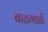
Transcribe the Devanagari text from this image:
बाळगावी